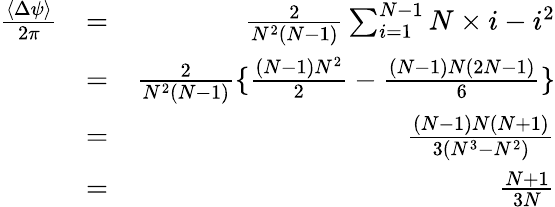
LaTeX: \begin{array}{rlr}{\frac{\langle\Delta\psi\rangle}{2\pi}}&{=}&{\frac{2}{N^{2}(N-1)}\sum_{i=1}^{N-1}N\times i-i^{2}}\\ &{=}&{\frac{2}{N^{2}(N-1)}\lbrace\frac{(N-1)N^{2}}{2}-\frac{(N-1)N(2N-1)}{6}\rbrace}\\ &{=}&{\frac{(N-1)N(N+1)}{3(N^{3}-N^{2})}}\\ &{=}&{\frac{N+1}{3N}}\end{array}